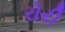
રોરી